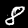
Label: 8